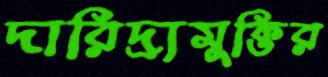
দারিদ্র্যমুক্তির